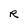
Character: R